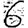
Digit: 6